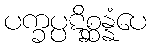
ပက္ခပ္ပဋိစ္ဆန္နံပေ